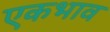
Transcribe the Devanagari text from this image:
एकभाव